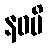
နဝပိ